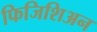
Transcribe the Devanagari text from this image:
फिजिशिअन